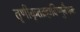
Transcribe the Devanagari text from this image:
तृणीकृतब्रह्मविष्णुवैभवः